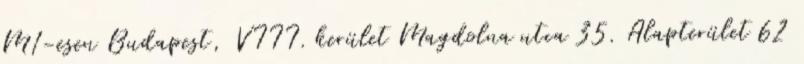
M1-esen Budapest, VIII. kerület Magdolna utca 35. Alapterület 62